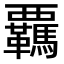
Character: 覊